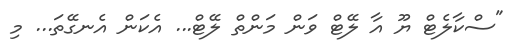
"ސްކާލެޓް ޔޫ އާ ލޭޓް ވަން މަންތް ލޭޓް... އެކަން އެނގޭތަ... މި